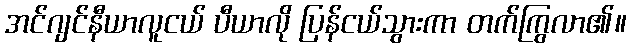
အင်ဂျင်နီယာလူငယ် ပီယာလို ပြန်ငယ်သွားကာ တက်ကြွလာ၏။